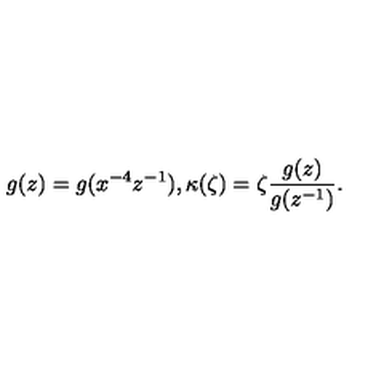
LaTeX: g ( z ) = g ( x ^ { - 4 } z ^ { - 1 } ) , \kappa ( \zeta ) = \zeta \frac { g ( z ) } { g ( z ^ { - 1 } ) } .